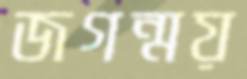
জগন্ময়